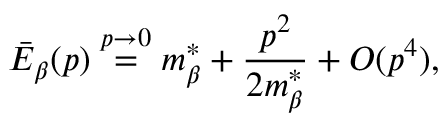
\bar { E } _ { \beta } ( p ) \stackrel { p \rightarrow 0 } { = } m _ { \beta } ^ { * } + \frac { p ^ { 2 } } { 2 m _ { \beta } ^ { * } } + O ( p ^ { 4 } ) ,